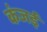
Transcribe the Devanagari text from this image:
कंजई